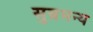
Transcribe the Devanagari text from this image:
सुब्रमन्य